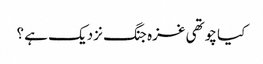
کیا چوتھی غزہ جنگ نزدیک ہے ؟